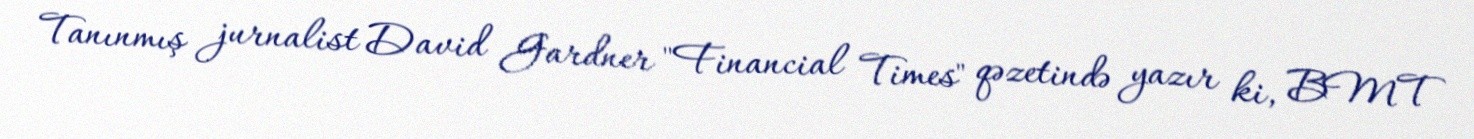
Tanınmış jurnalist David Gardner "Financial Times" qəzetində yazır ki, BMT